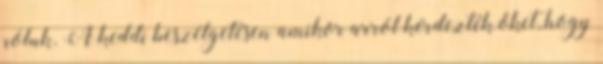
róluk. A keddi beszélgetésen amikor arról kérdezték őket, hogy